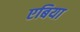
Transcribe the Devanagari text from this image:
एबिया